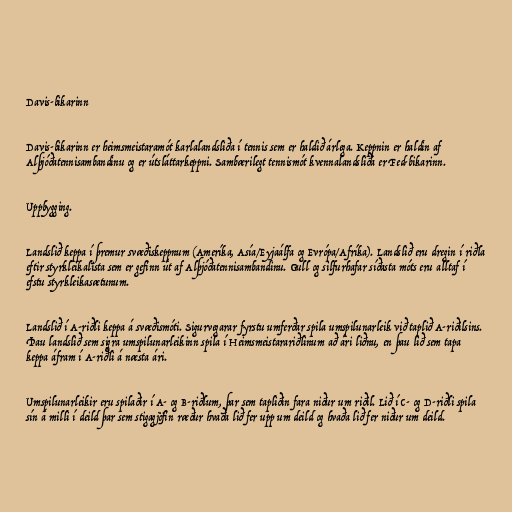
Davis-bikarinn

Davis-bikarinn er heimsmeistaramót karlalandsliða í tennis sem er haldið árlega. Keppnin er haldin af
Alþjóðatennisambandinu og er útsláttarkeppni. Sambærilegt tennismót kvennalandsliða er Fed-bikarinn.

Uppbygging.

Landslið keppa í þremur svæðiskeppnum (Ameríka, Asía/Eyjaálfa og Evrópa/Afríka). Landslið eru dregin í riðla
eftir styrkleikalista sem er gefinn út af Alþjóðatennisambandinu. Gull og silfurhafar síðasta móts eru alltaf í
efstu styrkleikasætunum.

Landslið í A-riðli keppa á svæðismóti. Sigurvegarar fyrstu umferðar spila umspilunarleik við taplið A-riðilsins.
Þau landslið sem sigra umspilunarleikinn spila í Heimsmeistarariðlinum að ári liðnu, en þau lið sem tapa
keppa áfram í A-riðli á næsta ári.

Umspilunarleikir eru spilaðir í A- og B-riðlum, þar sem tapliðin fara niður um riðil. Lið í C- og D-riðli spila
sín á milli í deild þar sem stigagjöfin ræður hvaða lið fer upp um deild og hvaða lið fer niður um deild.